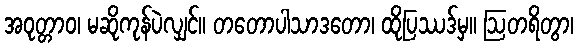
အဝုတ္တာဝ၊ မဆိုကုန်ပဲလျှင်။ တတောပါသာဒတော၊ ထိုပြဿဒ်မှ။ ဩတရိတွာ၊